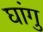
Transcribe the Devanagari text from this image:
घांगु